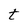
Character: t